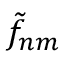
\tilde { f } _ { n m }